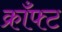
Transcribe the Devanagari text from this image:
क्राँफ्ट